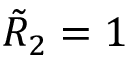
\tilde { R } _ { 2 } = 1